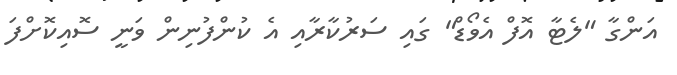
އަންގާ "ލެޓާ އޮފް އެވޯޑް" ގައި ސަރުކާރާއި އެ ކުންފުނިން ވަނީ ސޮއިކޮށްފަ